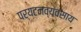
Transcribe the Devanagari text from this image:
पर्यटनव्यवसाय